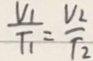
\frac { V _ { 1 } } { T _ { 1 } } = \frac { V _ { 2 } } { T _ { 2 } }